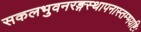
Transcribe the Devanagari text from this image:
सकलभुवनरङ्गस्थापनास्तम्भयष्टिः